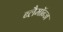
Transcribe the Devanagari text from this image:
ब्लैमॉन्ज